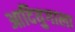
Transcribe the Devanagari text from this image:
आदियुगाला